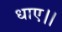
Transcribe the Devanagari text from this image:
धाए।।